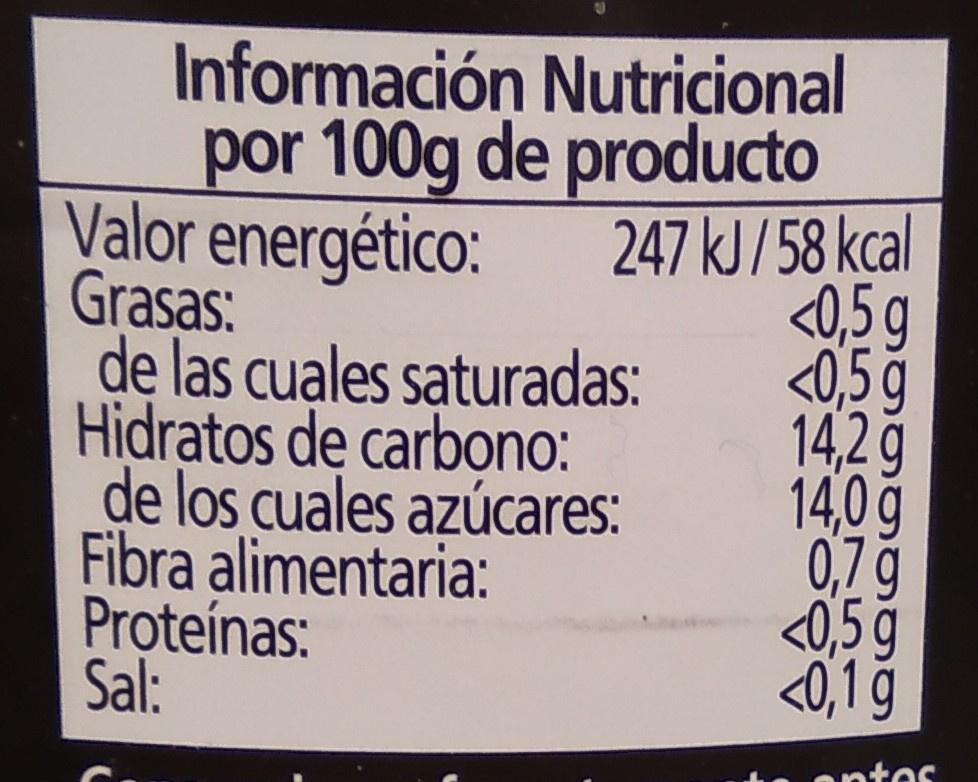
Información Nutricional por 100g de producto
Valor energético: Grasas:
2
247 kJ/58 kcal <0,5 g <0,5 g
14,2 g
14,0 g 0,7 g <0,5 g <0,1 g
de las cuales saturadas:
Hidratos de carbono:
de los cuales azúcares:
Fibra alimentaria:
Proteínas: Sal:
666
atos